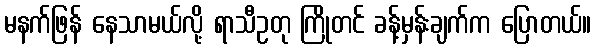
မနက်ဖြန် နေသာမယ်လို့ ရာသီဥတု ကြိုတင် ခန့်မှန်းချက်က ပြောတယ်။